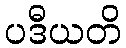
ပဒီယတိ